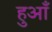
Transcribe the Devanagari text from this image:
हुआँ